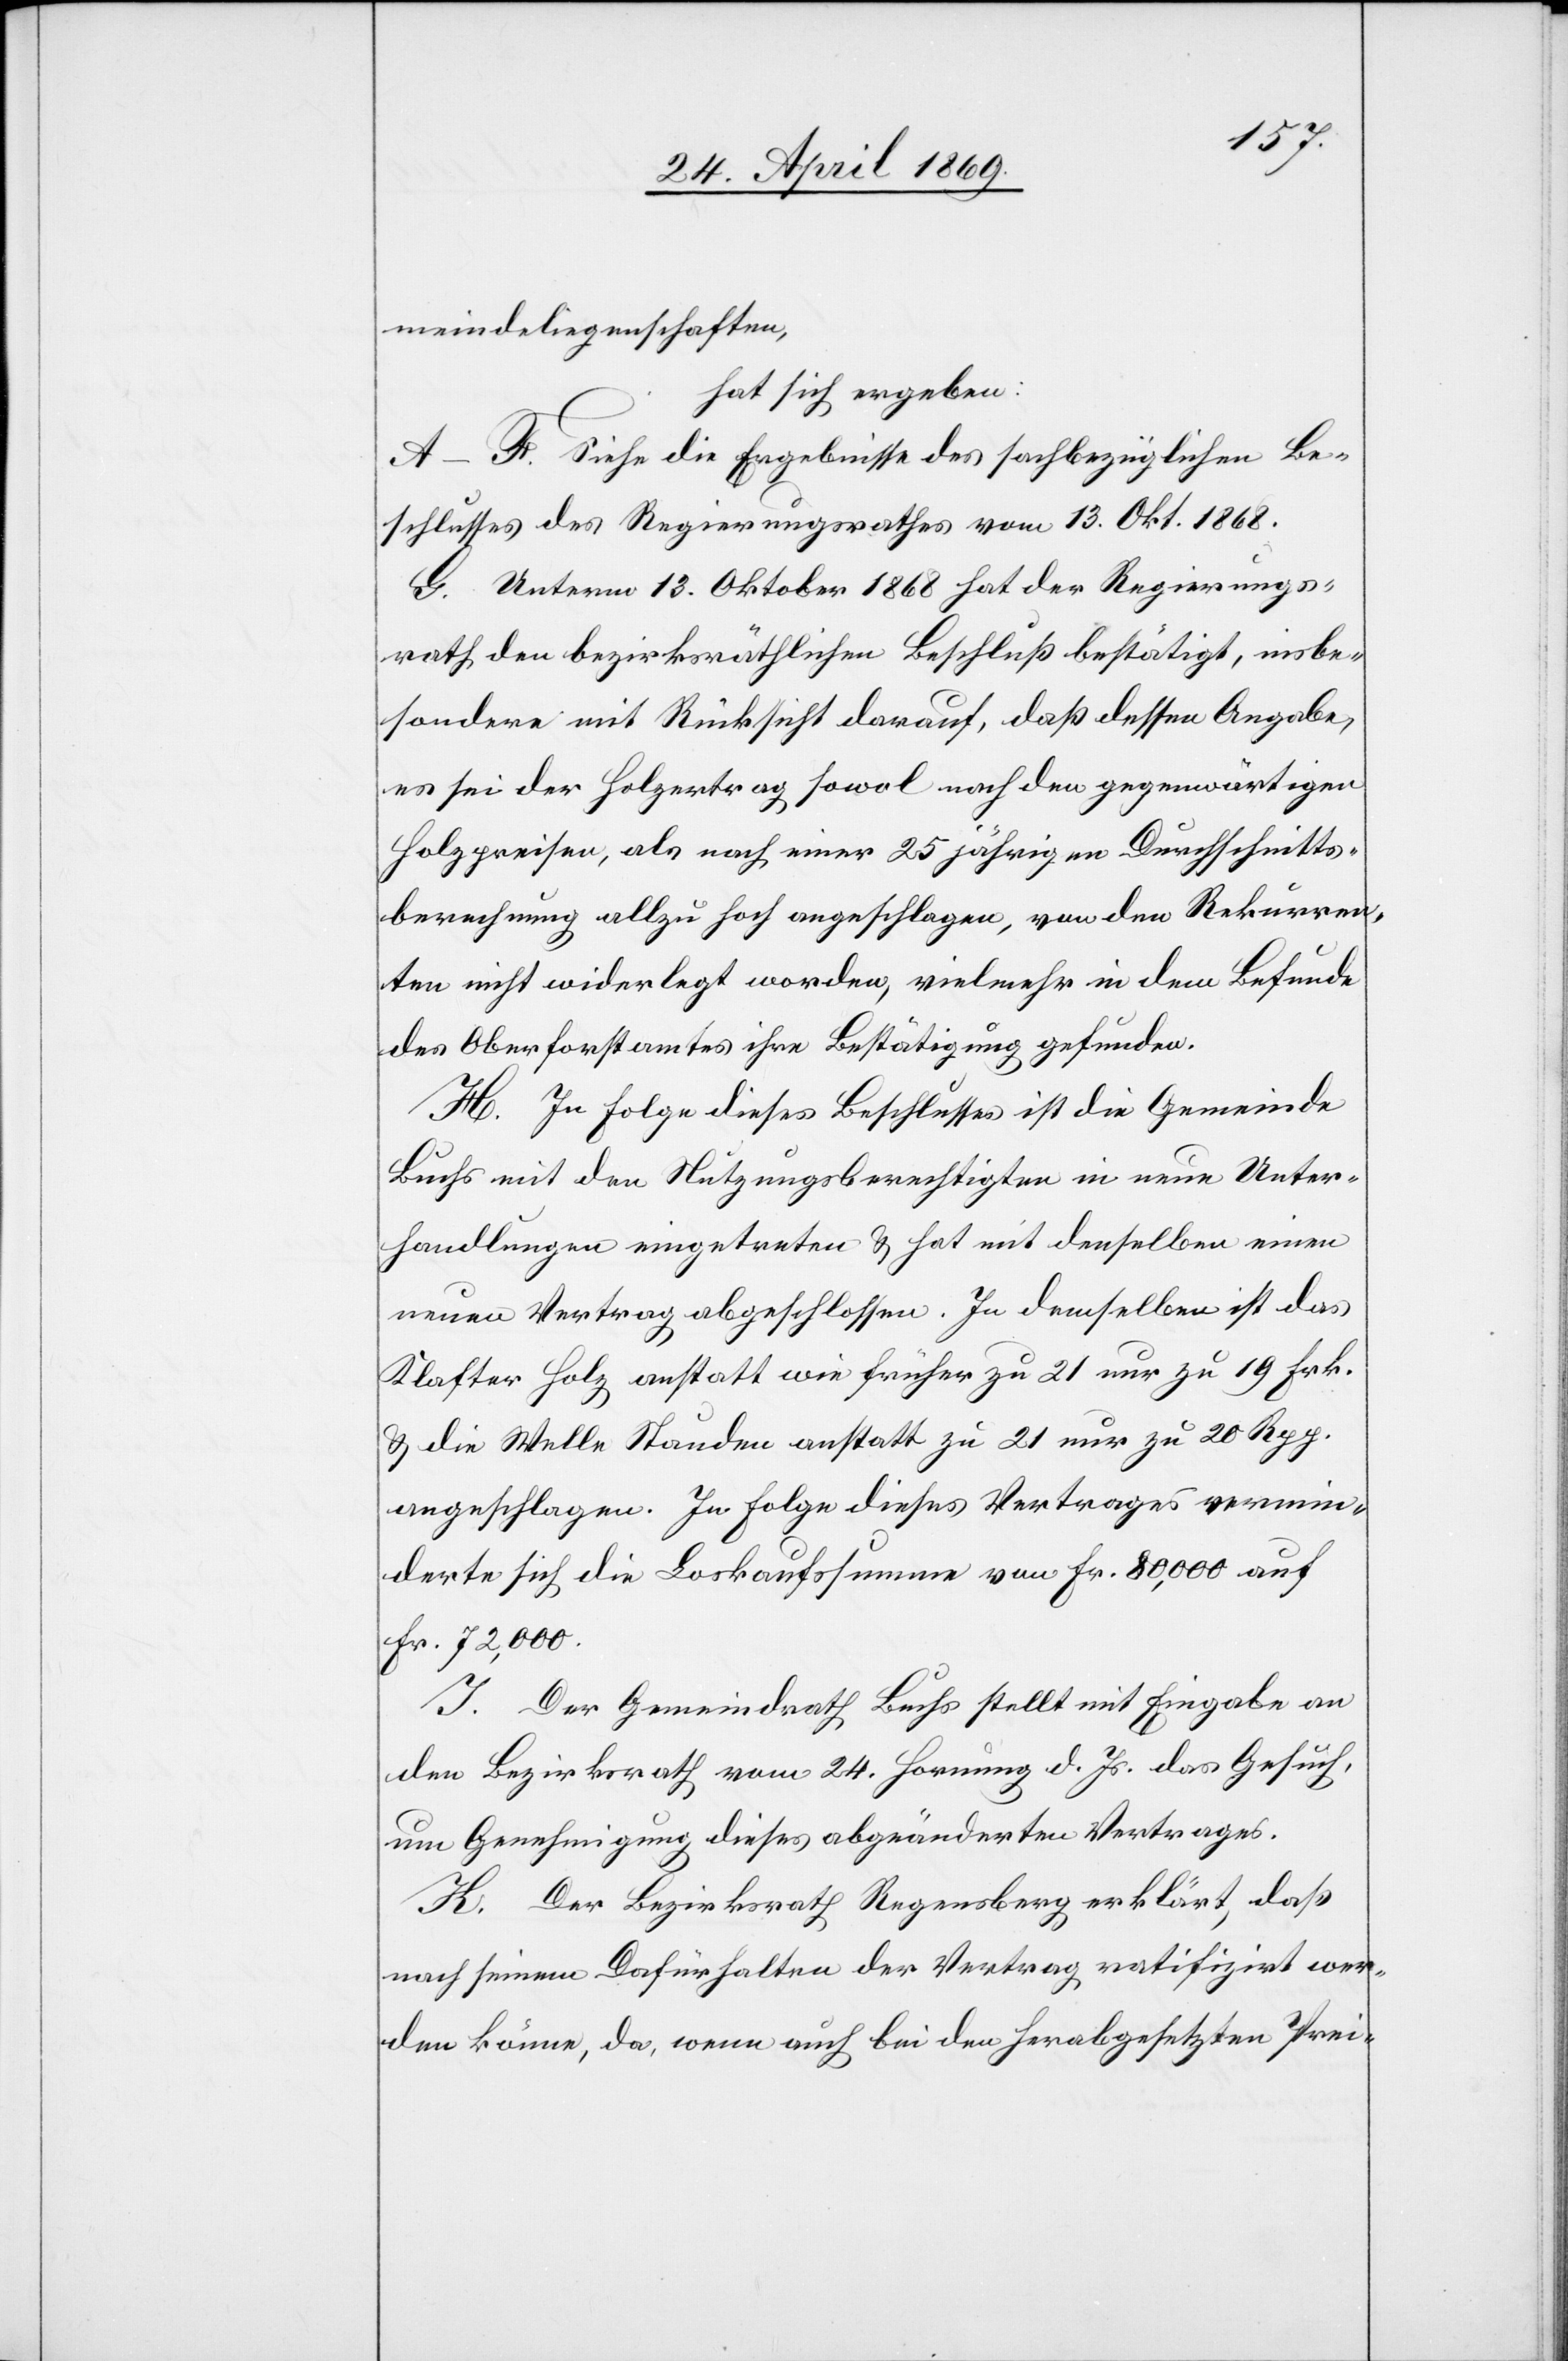
meindeliegenschaften,
hat sich ergeben:
A–F. Siehe die Ergebnisse des sachbezüglichen Be¬
schlusses des Regierungsrathes vom 13. Okt. 1868.
G. Unterm 13. Oktober 1868 hat der Regierungs¬
rath den bezirksräthlichen Beschluß bestätigt, insbe¬
sondere mit Rücksicht darauf, daß dessen Angabe,
es sei der Holzertrag sowol nach den gegenwärtigen
Holzpreisen, als nach einer 25 jährigen Durchschnitts¬
berechnung allzu hoch angeschlagen, von den Rekurren¬
ten nicht widerlegt worden, vielmehr in dem Befunde
des Oberforstamtes ihre Bestätigung gefunden.
H. In Folge dieses Beschlusses ist die Gemeinde
Buchs mit den Nutzungsberechtigten in neue Unter¬
handlungen eingetreten u. hat mit denselben einen
neuen Vertrag abgeschlossen. In demselben ist das
Klaster Holz anstatt wie früher zu 21 nur zu 19 Frk.
u. die Welle Stauden anstatt zu 21 nur zu 20 Rpp.
angeschlagen. In Folge dieses Vertrages vermin¬
derte sich die Loskaufssumme von Fr. 80,000 auf
Fr. 72,000.
J. Der Gemeindrath Buchs stellt mit Eingabe an
den Bezirksrath vom 24. Hornung d. Js. das Gesuch,
um Genehmigung dieses abgeänderten Vertrages.
H. Der Bezirksrath Regensberg erklärt, daß
nach seinem Dafürhalten der Vertrag ratifizirt wer¬
den könne, da, wenn auch bei den herabgesetzten Prei-